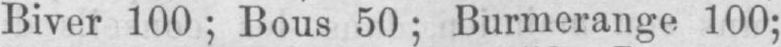
Biver 100; Bous 50; Burmerange 100;